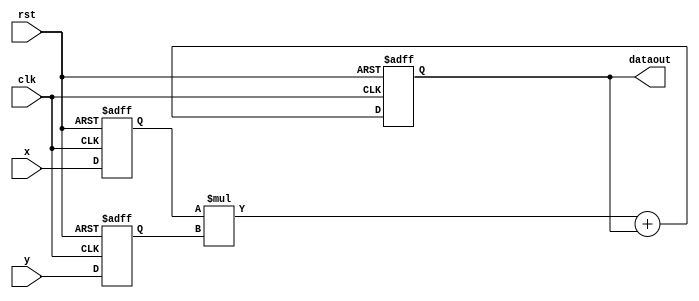
///////////////////////////////////////////////////////////////////////
//
//  8 by 8 multiply and accumulate, registered input & output RTL code
//
//  this design should be mampped into single MULT9X9MAC
//
///////////////////////////////////////////////////////////////////////

`timescale 100 ps/100 ps
`define OSIZE 16
`define DSIZE 8

module mac8x8 (dataout, x, y, clk, rst);

 output [`OSIZE:0] dataout;
 input [`DSIZE-1:0] x, y;
 input clk, rst;
 reg  [`OSIZE:0] dataout;
 reg [`DSIZE-1:0] x_reg, y_reg;
 wire [`OSIZE-1:0] multout;
 wire [`OSIZE:0] sum_out;

 assign multout = x_reg * y_reg;
 assign sum_out = multout + dataout; 

 always @(posedge clk or posedge rst)
 begin
   if (rst)
   begin
      x_reg = 0;
      y_reg = 0;
      dataout = 0;
   end
   else
   begin
      x_reg = x;
      y_reg = y;
      dataout = sum_out;
   end
 end
endmodule